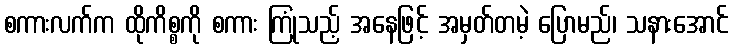
စကားလက်က ထိုကိစ္စကို စကား ကြုံသည့် အနေဖြင့် အမှတ်တမဲ့ ပြောမည်၊ သနားအောင်